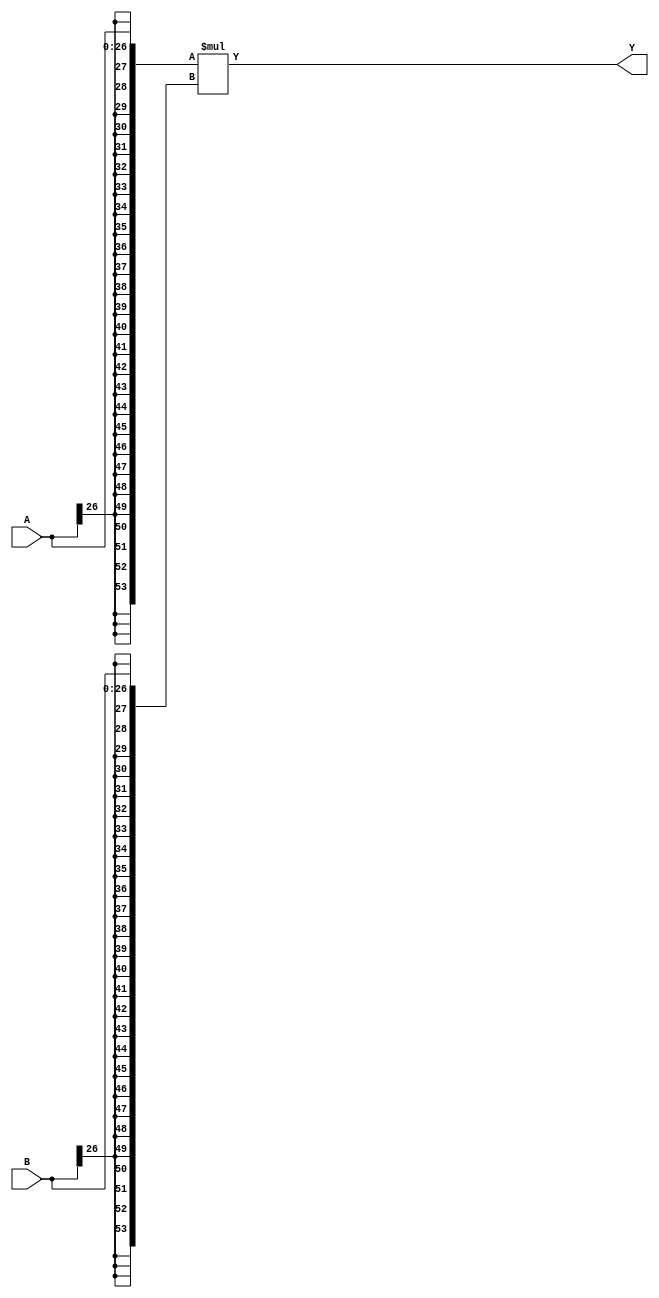
`default_nettype none

(* abc9_box *)
module MISTRAL_MUL27X27(input [26:0] A, input [26:0] B, output [53:0] Y);

parameter A_SIGNED = 1;
parameter B_SIGNED = 1;

`ifdef cyclonev
specify
    (A *> Y) = 3732;
    (B *> Y) = 3928;
endspecify
`endif
`ifdef arriav
// NOTE: Arria V appears to have only one set of timings for all DSP modes...
specify
    (A *> Y) = 1895;
    (B *> Y) = 2053;
endspecify
`endif
`ifdef cyclone10gx
// TODO: Cyclone 10 GX timings; the below are for Cyclone V
specify
    (A *> Y) = 3732;
    (B *> Y) = 3928;
endspecify
`endif

wire [53:0] A_, B_;

if (A_SIGNED)
    assign A_ = $signed(A);
else
    assign A_ = $unsigned(A);

if (B_SIGNED)
    assign B_ = $signed(B);
else
    assign B_ = $unsigned(B);

assign Y = A_ * B_;

endmodule

(* abc9_box *)
module MISTRAL_MUL18X18(input [17:0] A, input [17:0] B, output [35:0] Y);

parameter A_SIGNED = 1;
parameter B_SIGNED = 1;

`ifdef cyclonev
specify
    (A *> Y) = 3180;
    (B *> Y) = 3982;
endspecify
`endif
`ifdef arriav
// NOTE: Arria V appears to have only one set of timings for all DSP modes...
specify
    (A *> Y) = 1895;
    (B *> Y) = 2053;
endspecify
`endif
`ifdef cyclone10gx
// TODO: Cyclone 10 GX timings; the below are for Cyclone V
specify
    (A *> Y) = 3180;
    (B *> Y) = 3982;
endspecify
`endif

wire [35:0] A_, B_;

if (A_SIGNED)
    assign A_ = $signed(A);
else
    assign A_ = $unsigned(A);

if (B_SIGNED)
    assign B_ = $signed(B);
else
    assign B_ = $unsigned(B);

assign Y = A_ * B_;

endmodule

(* abc9_box *)
module MISTRAL_MUL9X9(input [8:0] A, input [8:0] B, output [17:0] Y);

parameter A_SIGNED = 1;
parameter B_SIGNED = 1;

`ifdef cyclonev
specify
    (A *> Y) = 2818;
    (B *> Y) = 3051;
endspecify
`endif
`ifdef arriav
// NOTE: Arria V appears to have only one set of timings for all DSP modes...
specify
    (A *> Y) = 1895;
    (B *> Y) = 2053;
endspecify
`endif
`ifdef cyclone10gx
// TODO: Cyclone 10 GX timings; the below are for Cyclone V
specify
    (A *> Y) = 2818;
    (B *> Y) = 3051;
endspecify
`endif

wire [17:0] A_, B_;

if (A_SIGNED)
    assign A_ = $signed(A);
else
    assign A_ = $unsigned(A);

if (B_SIGNED)
    assign B_ = $signed(B);
else
    assign B_ = $unsigned(B);

assign Y = A_ * B_;

endmodule